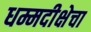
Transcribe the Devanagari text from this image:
धम्मदीक्षेचा